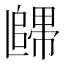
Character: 𲉙